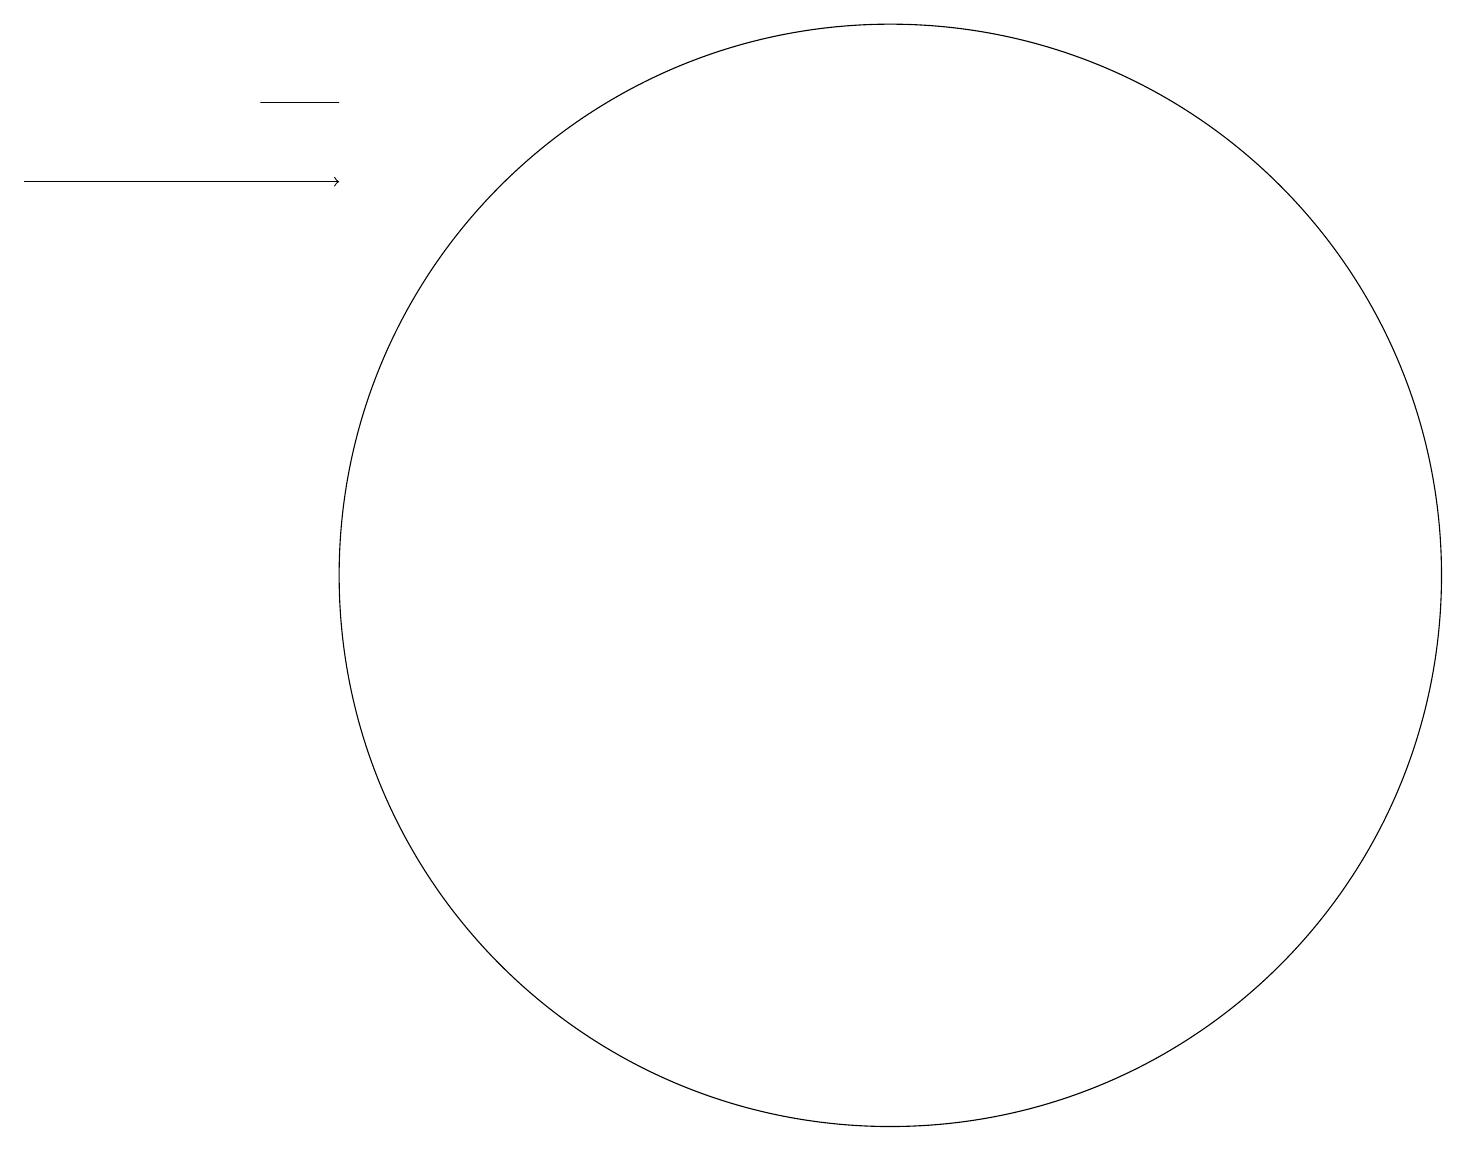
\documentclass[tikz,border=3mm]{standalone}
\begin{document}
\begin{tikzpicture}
\draw (11,11) circle (7);
\draw (4,17) rectangle (3,17);
\draw[->] (0,16) -- (4,16);
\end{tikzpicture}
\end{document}